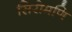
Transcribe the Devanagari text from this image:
सिरोमणि